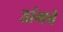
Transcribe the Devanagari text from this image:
डांगचे